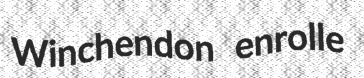
Winchendon enrolle